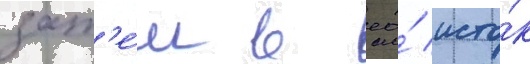
зат'е́м в ео́ исто́к